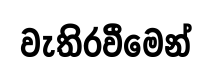
වැතිරවීමෙන්